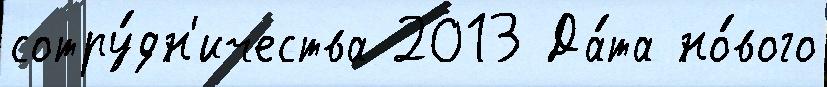
сотру́дн'ичества 2013 Да́та но́вого